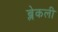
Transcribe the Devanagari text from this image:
ब्लेकली